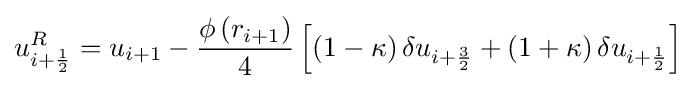
u_{i+{\frac {1}{2}}}^{R}=u_{i+1}-{\frac {\phi \left(r_{i+1}\right)}{4}}\left[\left(1-\kappa \right)\delta u_{i+{\frac {3}{2}}}+\left(1+\kappa \right)\delta u_{i+{\frac {1}{2}}}\right]